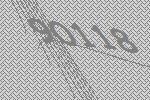
90118